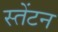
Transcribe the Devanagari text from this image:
स्तेंटन